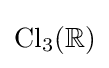
\mathrm {Cl} _{3}(\mathbb {R} )